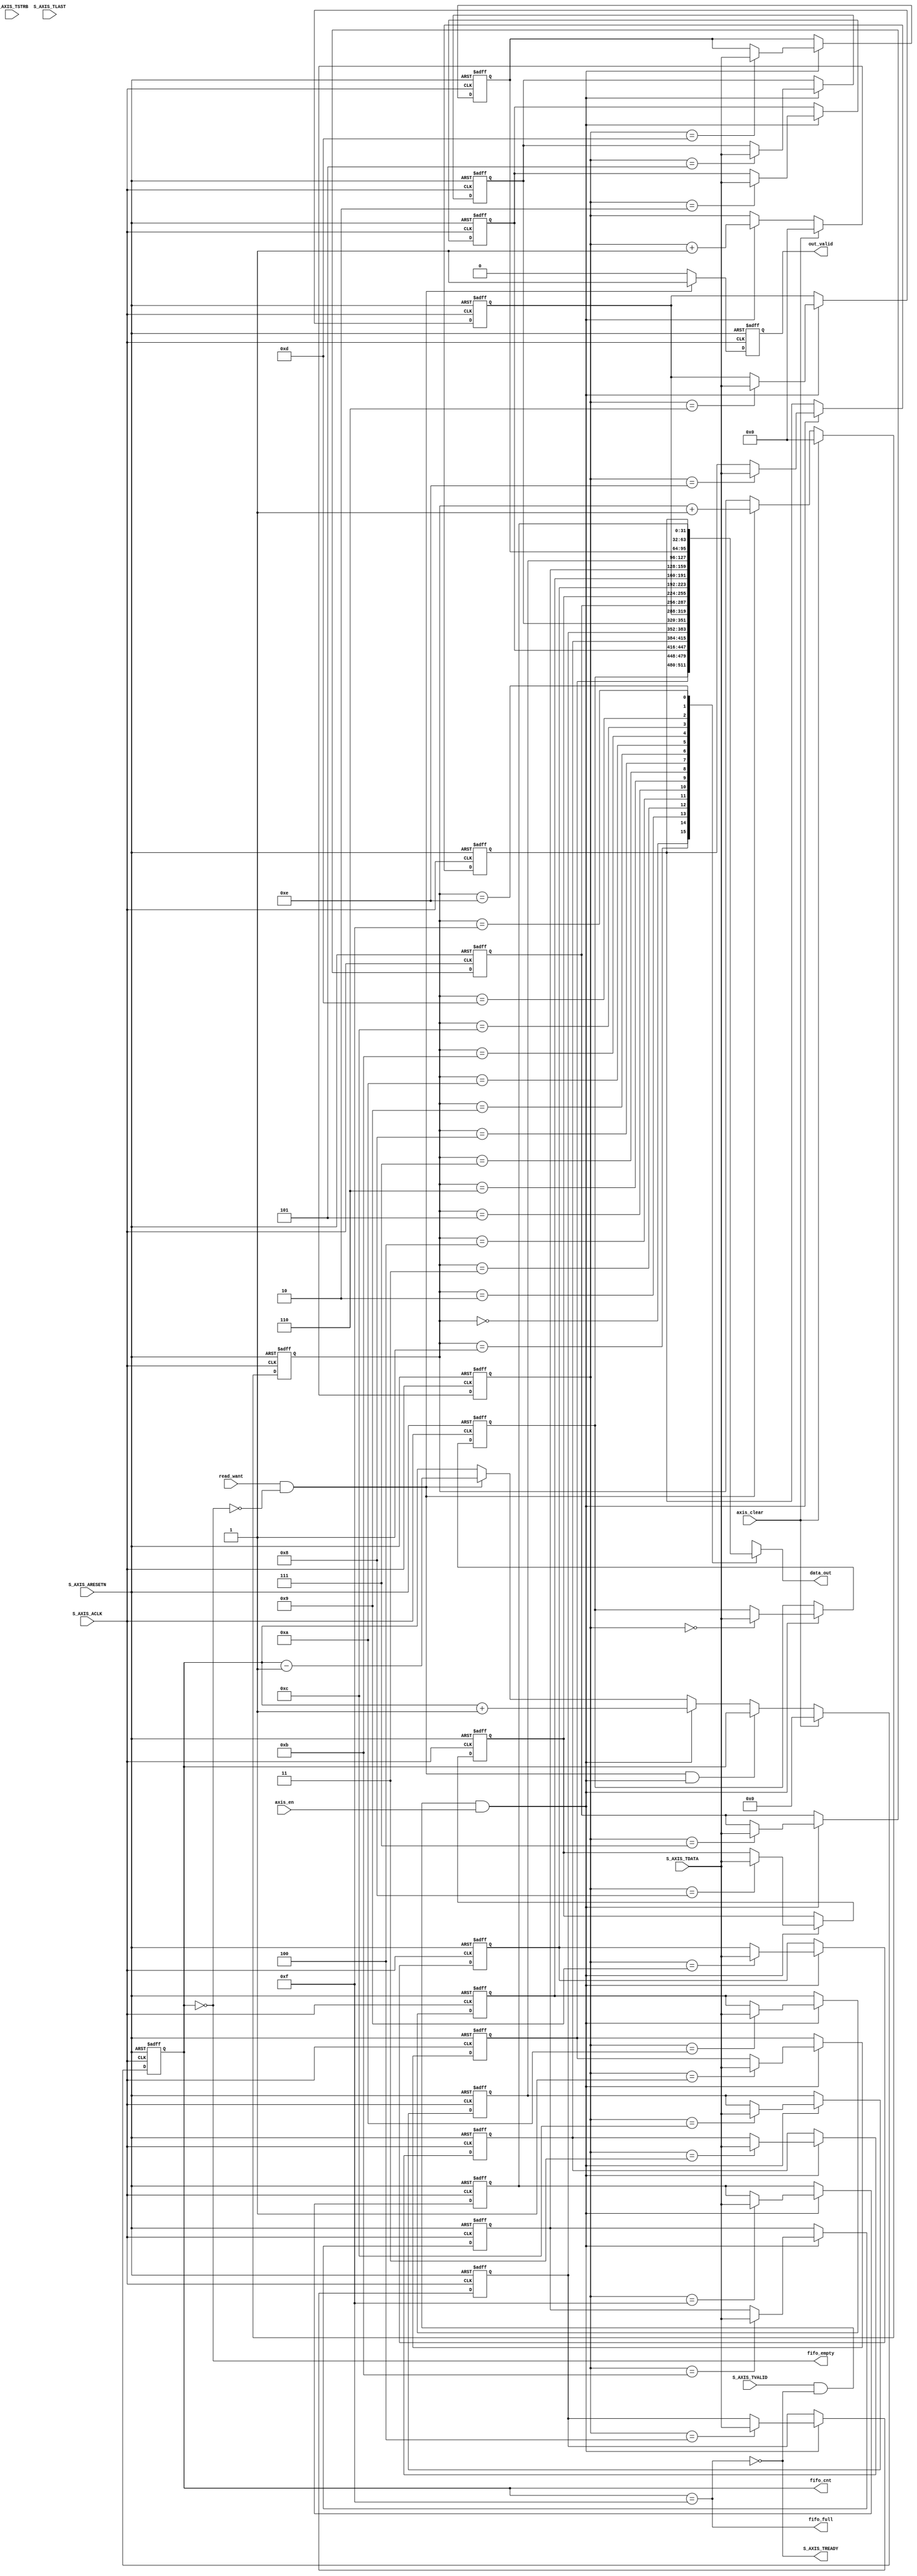
/*
	module  axis_fifo_my

	input   AXIS from PSControl Signal

	output  AXIS

	AXIS Protocol+FIFODMAAXISFIFO


	FIFO
  
	output data = array[read ptr]
	array[write ptr] = input data
	fifo_cnt = write ptr ? fifo_cnt+1:
	           read ptr  ? fifo_cnt-1 : fifo_cnt;
	fifo_full = fifo_cnt == FIFO_SIZE
	fifo_empty = fifo_cnt == 0

	initial
	write ptr	 v
	array		[0][1][2][3][4][5][6][7]
	read  ptr    ^

	input data 
	write ptr	    v
	array		[0][1][2][3][4][5][6][7]
	read  ptr    ^	

	read data
	write ptr	    v
	array		[0][1][2][3][4][5][6][7]
	read  ptr       ^	

*/
`timescale  10ns / 10ns

	module axis_fifo_my #
	(
		// Users to add parameters here

		// User parameters ends
		// Do not modify the parameters beyond this line

		// AXI4Stream sink: Data Width
		parameter integer C_S_AXIS_TDATA_WIDTH	= 32,

		// Total number of input data.
		parameter FIFO_SIZE  = 16,
		// bit_num gives the minimum number of bits needed to address 'FIFO_SIZE' size of FIFO.
		parameter bit_num  = 4
		// parameter bit_num  = clogb2(FIFO_SIZE-1)
		// Define the states of state machine
		// The control state machine oversees the writing of input streaming data to the FIFO,
		// and outputs the streaming data from the FIFO
	)
	(
		// Users to add ports here
        output wire [C_S_AXIS_TDATA_WIDTH-1 : 0] data_out,
        input wire read_want,
		input wire axis_en,
		input wire axis_clear,
		output reg out_valid,
		
		output wire fifo_full,
		output wire fifo_empty,
		output reg [bit_num:0] fifo_cnt,
		// User ports ends
		// Do not modify the ports beyond this line

		// AXI4Stream sink: Clock
		input wire  S_AXIS_ACLK,
		// AXI4Stream sink: Reset
		input wire  S_AXIS_ARESETN,
		// Ready to accept data in
		output wire  S_AXIS_TREADY,
		// Data in
		input wire [C_S_AXIS_TDATA_WIDTH-1 : 0] S_AXIS_TDATA,
		// Byte qualifier
		input wire [(C_S_AXIS_TDATA_WIDTH/8)-1 : 0] S_AXIS_TSTRB,
		// Indicates boundary of last packet
		input wire  S_AXIS_TLAST,
		// Data is in valid
		input wire  S_AXIS_TVALID
	);
	// function called clogb2 that returns an integer which has the 
	// value of the ceiling of the log base 2.
	function integer clogb2 (input integer bit_depth);
	  begin
	    for(clogb2=0; bit_depth>0; clogb2=clogb2+1)
	      bit_depth = bit_depth >> 1;
	  end
	endfunction
	
	// Total number of input data.
	// localparam FIFO_SIZE  = 16;
	// bit_num gives the minimum number of bits needed to address 'FIFO_SIZE' size of FIFO.
	// localparam bit_num  = clogb2(FIFO_SIZE-1);
	// Define the states of state machine
	// The control state machine oversees the writing of input streaming data to the FIFO,
	// and outputs the streaming data from the FIFO
	
	integer idx;
	
	reg [C_S_AXIS_TDATA_WIDTH-1:0] fifo [0:FIFO_SIZE-1];

	reg [bit_num-1:0] fifo_write_ptr;
	reg [bit_num-1:0] fifo_read_ptr;
	
	wire write_en;
	wire read_en;

	assign fifo_full=(fifo_cnt==(FIFO_SIZE-1));
	assign fifo_empty=(fifo_cnt==0);

	assign S_AXIS_TREADY=~fifo_full;

	assign write_en=S_AXIS_TVALID & (~fifo_full)  & axis_en;
	assign read_en=read_want & ~fifo_empty;

	assign data_out=fifo[fifo_read_ptr];

	always @(posedge S_AXIS_ACLK or negedge S_AXIS_ARESETN) begin
		if(!S_AXIS_ARESETN) begin
			for(idx=0;idx<FIFO_SIZE;idx=idx+1)
			begin
				fifo[idx]<=32'd0;
			end			
		end
		else begin
			if(write_en) begin
				fifo[fifo_write_ptr]<=S_AXIS_TDATA;
			end
		end
	end
	
	always @(posedge S_AXIS_ACLK or negedge S_AXIS_ARESETN) begin
		if(!S_AXIS_ARESETN) begin
			fifo_cnt<=0;
		end
		else begin
			if(axis_clear) begin
				fifo_cnt<=0;
			end
			else if(read_en & write_en) begin
				fifo_cnt<=fifo_cnt;
			end
			else if(write_en) begin
				fifo_cnt<=fifo_cnt+1;
			end
			else if(read_en) begin
				fifo_cnt<=fifo_cnt-1;
			end 
			else begin
				fifo_cnt<=fifo_cnt;
			end
		end
	end

	always @(posedge S_AXIS_ACLK or negedge S_AXIS_ARESETN) begin
		if(!S_AXIS_ARESETN) begin
			fifo_write_ptr<=0;
		end
		else begin
			if (axis_clear) begin
				fifo_write_ptr<=0;
			end
			else if(write_en) begin
				fifo_write_ptr<=fifo_write_ptr+1;
			end
		end
	end

	always @(posedge S_AXIS_ACLK or negedge S_AXIS_ARESETN) begin
		if(!S_AXIS_ARESETN) begin
			fifo_read_ptr<=0;
		end
		else begin
			if (axis_clear) begin
				fifo_read_ptr<=0;
			end
			else if(read_en) begin
				fifo_read_ptr<=fifo_read_ptr+1;
			end
		end
	end


	always @(posedge S_AXIS_ACLK or negedge S_AXIS_ARESETN) begin
		if(!S_AXIS_ARESETN) begin
			out_valid<=0;
		end
		else begin
			out_valid<=read_en?1:0;
		end
	end


endmodule